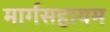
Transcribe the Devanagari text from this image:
मार्गसहायम